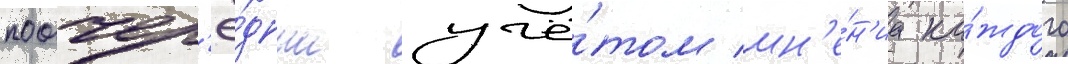
поочер'ё́дным учё́том мн'е́н'иа ка́ждого